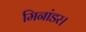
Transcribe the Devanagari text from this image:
मिनांडर।